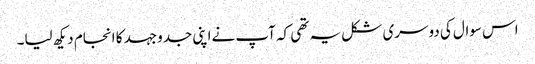
اس سوال کی دوسری شکل یہ تھی کہ آپ نےاپنی جدوجہد کا انجام دیکھ لیا۔